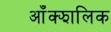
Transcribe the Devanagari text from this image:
आँक्झालिक